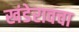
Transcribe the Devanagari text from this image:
खंडेरावचा